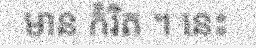
មាន កំរិត ។ នេះ